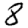
Digit: 8